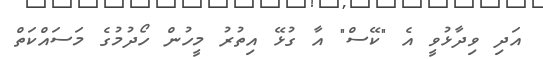
އަދި ވިދާޅުވީ އެ "ކޭސް" އާ ގުޅޭ އިތުރު މީހުން ހޯދުމުގެ މަސައްކަތް